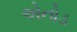
એનોડ